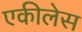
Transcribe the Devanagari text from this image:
एकीलेस